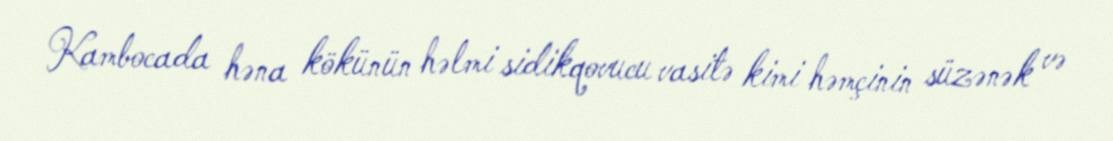
Kambocada həna kökünün həlmi sidikqovucu vasitə kimi həmçinin süzənək və